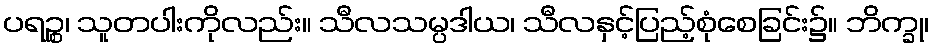
ပရဉ္စ၊ သူတပါးကိုလည်း။ သီလသမ္ပဒါယ၊ သီလနှင့်ပြည့်စုံစေခြင်း၌။ ဘိက္ခု၊